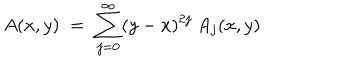
A ( x , y ) \; = \; \sum _ { j = 0 } ^ { \infty } ( y - x ) ^ { 2 j } \: A _ { j } ( x , y )